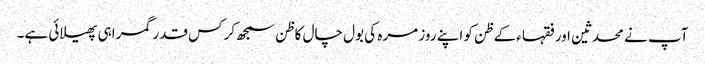
آپ نے محدثین اورفقہاء کے ظن کو اپنے روز مرہ کی بول چال کا ظن سمجھ کر کس قدر گمراہی پھیلائی ہے۔